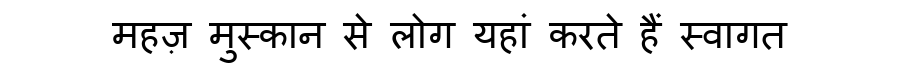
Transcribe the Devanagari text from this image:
महज़ मुस्कान से लोग यहां करते हैं स्वागत